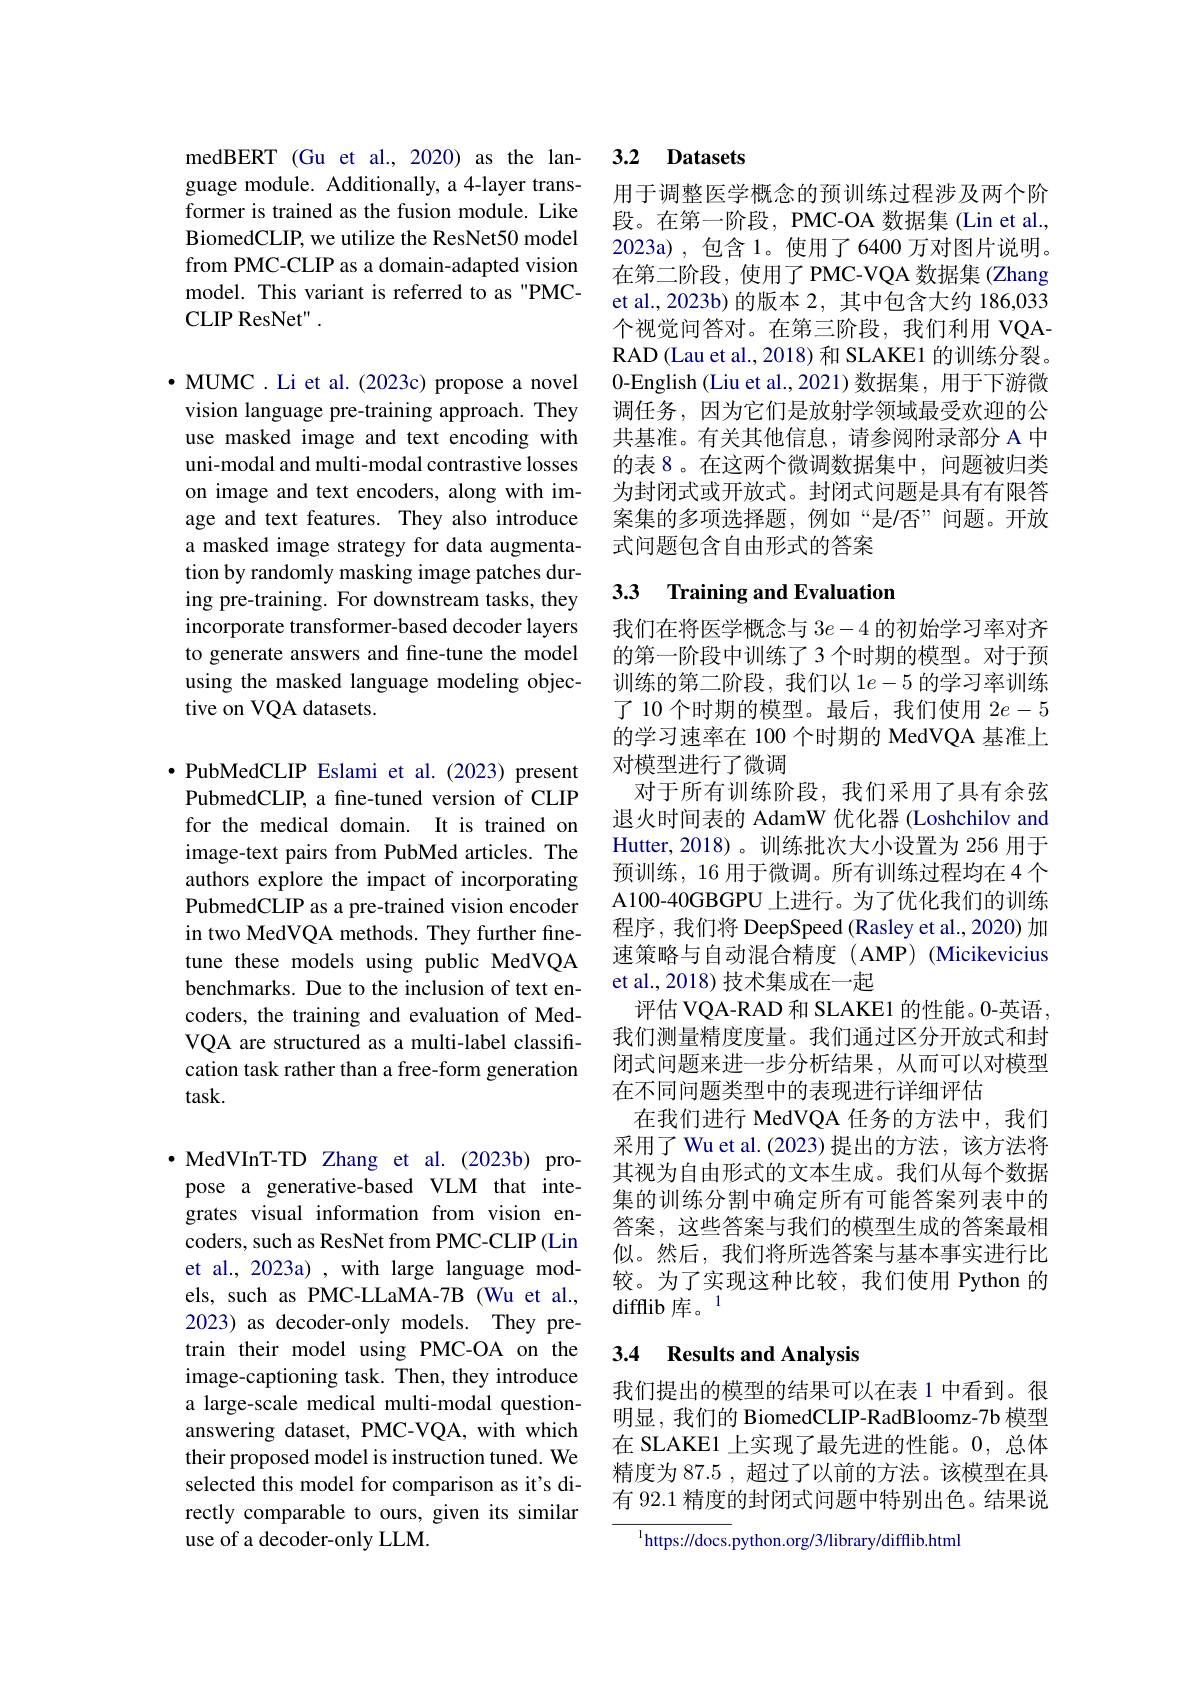
guage module. Additionally, a 4-layer transformer is trained as the fusion module. Like BiomedCLIP, we utilize the ResNet50 model from PMC-CLIP as a domain-adapted vision model. This variant is referred to as "PMCCLIPResNet" .

$\bullet$ MUMC . Li et al. (2023c) propose a novel vision language pre-training approach. They use masked image and text encoding with uni-modal and multi-modal contrastive losses on image and text encoders, along with image and text features. They also introduce a masked image strategy for data augmentation by randomly masking image patches during pre-training. For downstream tasks, they incorporate transformer-based decoder layers to generate answers and fine-tune the model using the masked language modeling objective on VQA datasets.

·PubMedCLIP Eslami et al.(2023) present PubmedCLIP, a fine-tuned version of CLIP for the medical domain. It is trained on image-text pairs from PubMed articles. The authors explore the impact of incorporating PubmedCLIP as a pre-trained vision encoder in two MedVQA methods. They further finetune these models using public MedVQA benchmarks. Due to the inclusion of text encoders, the training and evaluation of MedVQA are structured as a multi-label classification task rather than a free-form generation task.

$\bullet$ MedVInT-TD Zhang et al.(2023b) propose a generative-based VLM that integrates visual information from vision encoders, such as ResNet from PMC-CLIP(Lin et al., 2023a) , with large language models, such as PMC-LLaMA-7B (Wu et al., 2023) as decoder-only models. They pretrain their model using PMC-OA on the image-captioning task. Then, they introduce a large-scale medical multi-modal questionanswering dataset, PMC-VQA, with which their proposed model is instruction tuned. We selected this model for comparison as it's directly comparable to ours, given its similar use of a decoder-only LLM.

### medBERT (Gu et al., 2020) as the lan- 3.2 Datasets

用于调整医学概念的预训练过程涉及两个阶段。在第一阶段，PMC-OA 数据集 (Lin et al., 2023a),包含 1。使用了6400万对图片说明。在第二阶段，使用了 PMC-VQA 数据集 (Zhang et al.,2023b)的版本 2, 其中包含大约 186,033个视觉问答对。在第三阶段，我们利用 VQARAD (Lau et al., 2018) 和 SLAKE1 的训练分裂。0-English (Liu et al.,2021)数据集，用于下游微调任务，因为它们是放射学领域最受欢迎的公共基准。有关其他信息，请参阅附录部分 A 中的表 8。在这两个微调数据集中，问题被归类为封闭式或开放式。封闭式问题是具有有限答案集的多项选择题，例如“是/否”问题。开放式问题包含自由形式的答案

## 3.3 Training and Evaluation

我们在将医学概念与$3e-4$的初始学习率对齐的第一阶段中训练了 3 个时期的模型。对于预训练的第二阶段，我们以 1$e-5$的学习率训练了 10 个时期的模型。最后，我们使用 2$e-5$ 的学习速率在 100 个时期的 MedVQA 基准上对模型进行了微调
对于所有训练阶段，我们采用了具有余弦退火时间表的 AdamW 优化器 (Loshchilov and Hutter, 2018)。训练批次大小设置为 256 用于预训练，16 用于微调。所有训练过程均在4个A100-40GBGPU 上进行。为了优化我们的训练程序，我们将 DeepSpeed (Rasley et al., 2020) 加速策略与自动混合精度(AMP)(Micikevicius et al., 2018) 技术集成在一起
评估 VQA-RAD 和 SLAKE1 的性能。0-英语， 我们测量精度度量。我们通过区分开放式和封闭式问题来进一步分析结果，从而可以对模型在不同问题类型中的表现进行详细评估
在我们进行 MedVQA 任务的方法中，我们采用了 Wu et al.(2023)提出的方法，该方法将其视为自由形式的文本生成。我们从每个数据集的训练分割中确定所有可能答案列表中的答案，这些答案与我们的模型生成的答案最相似。然后，我们将所选答案与基本事实进行比较。为了实现这种比较，我们使用 Python 的difflib 库。1

## 3.4 Results and Analysis

我们提出的模型的结果可以在表 1 中看到。很明显，我们的 BiomedCLIP-RadBloomz-7b 模型在 SLAKE1 上实现了最先进的性能。0, 总体精度为 87.5 , 超过了以前的方法。该模型在具有 92.1 精度的封闭式问题中特别出色。结果说

$^{\mathrm{l}}$https://docs.python.org/3/library/difflib.html